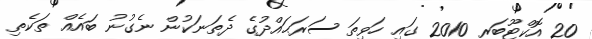
20 އޮކްޓޫބަރ 2010 ގައި ހަވިތަ ސަރަޙައްދުގެ ދެތަނަކުން ނެގުނު ބައެެއް ތަކެތި